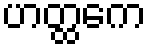
ဟတ္ထကေ